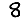
Digit: 8